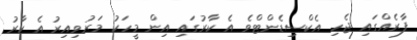
ފާރެއްގައި ޖެހި އެކްސިޑެންޓްވެ އެ ކާރުގައި އިން މީހަކު މަރުވިއިރު އެ ކާރު